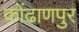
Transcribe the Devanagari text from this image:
कोंढाणपुर